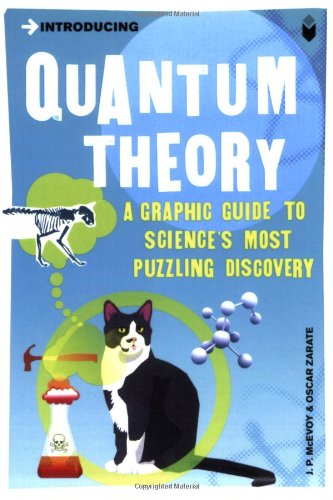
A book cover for Introducing Quantum Theory: A Graphic Guide to Science's Most Puzzling Discovery; J.P. McEvoy; Science & Math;